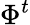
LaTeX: \Phi^{t}